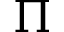
\Pi